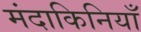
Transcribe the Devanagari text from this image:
मंदाकिनियाँ